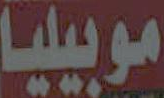
موبيليا